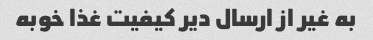
به غیر از ارسال دیر کیفیت غذا خوبه